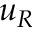
u _ { R }